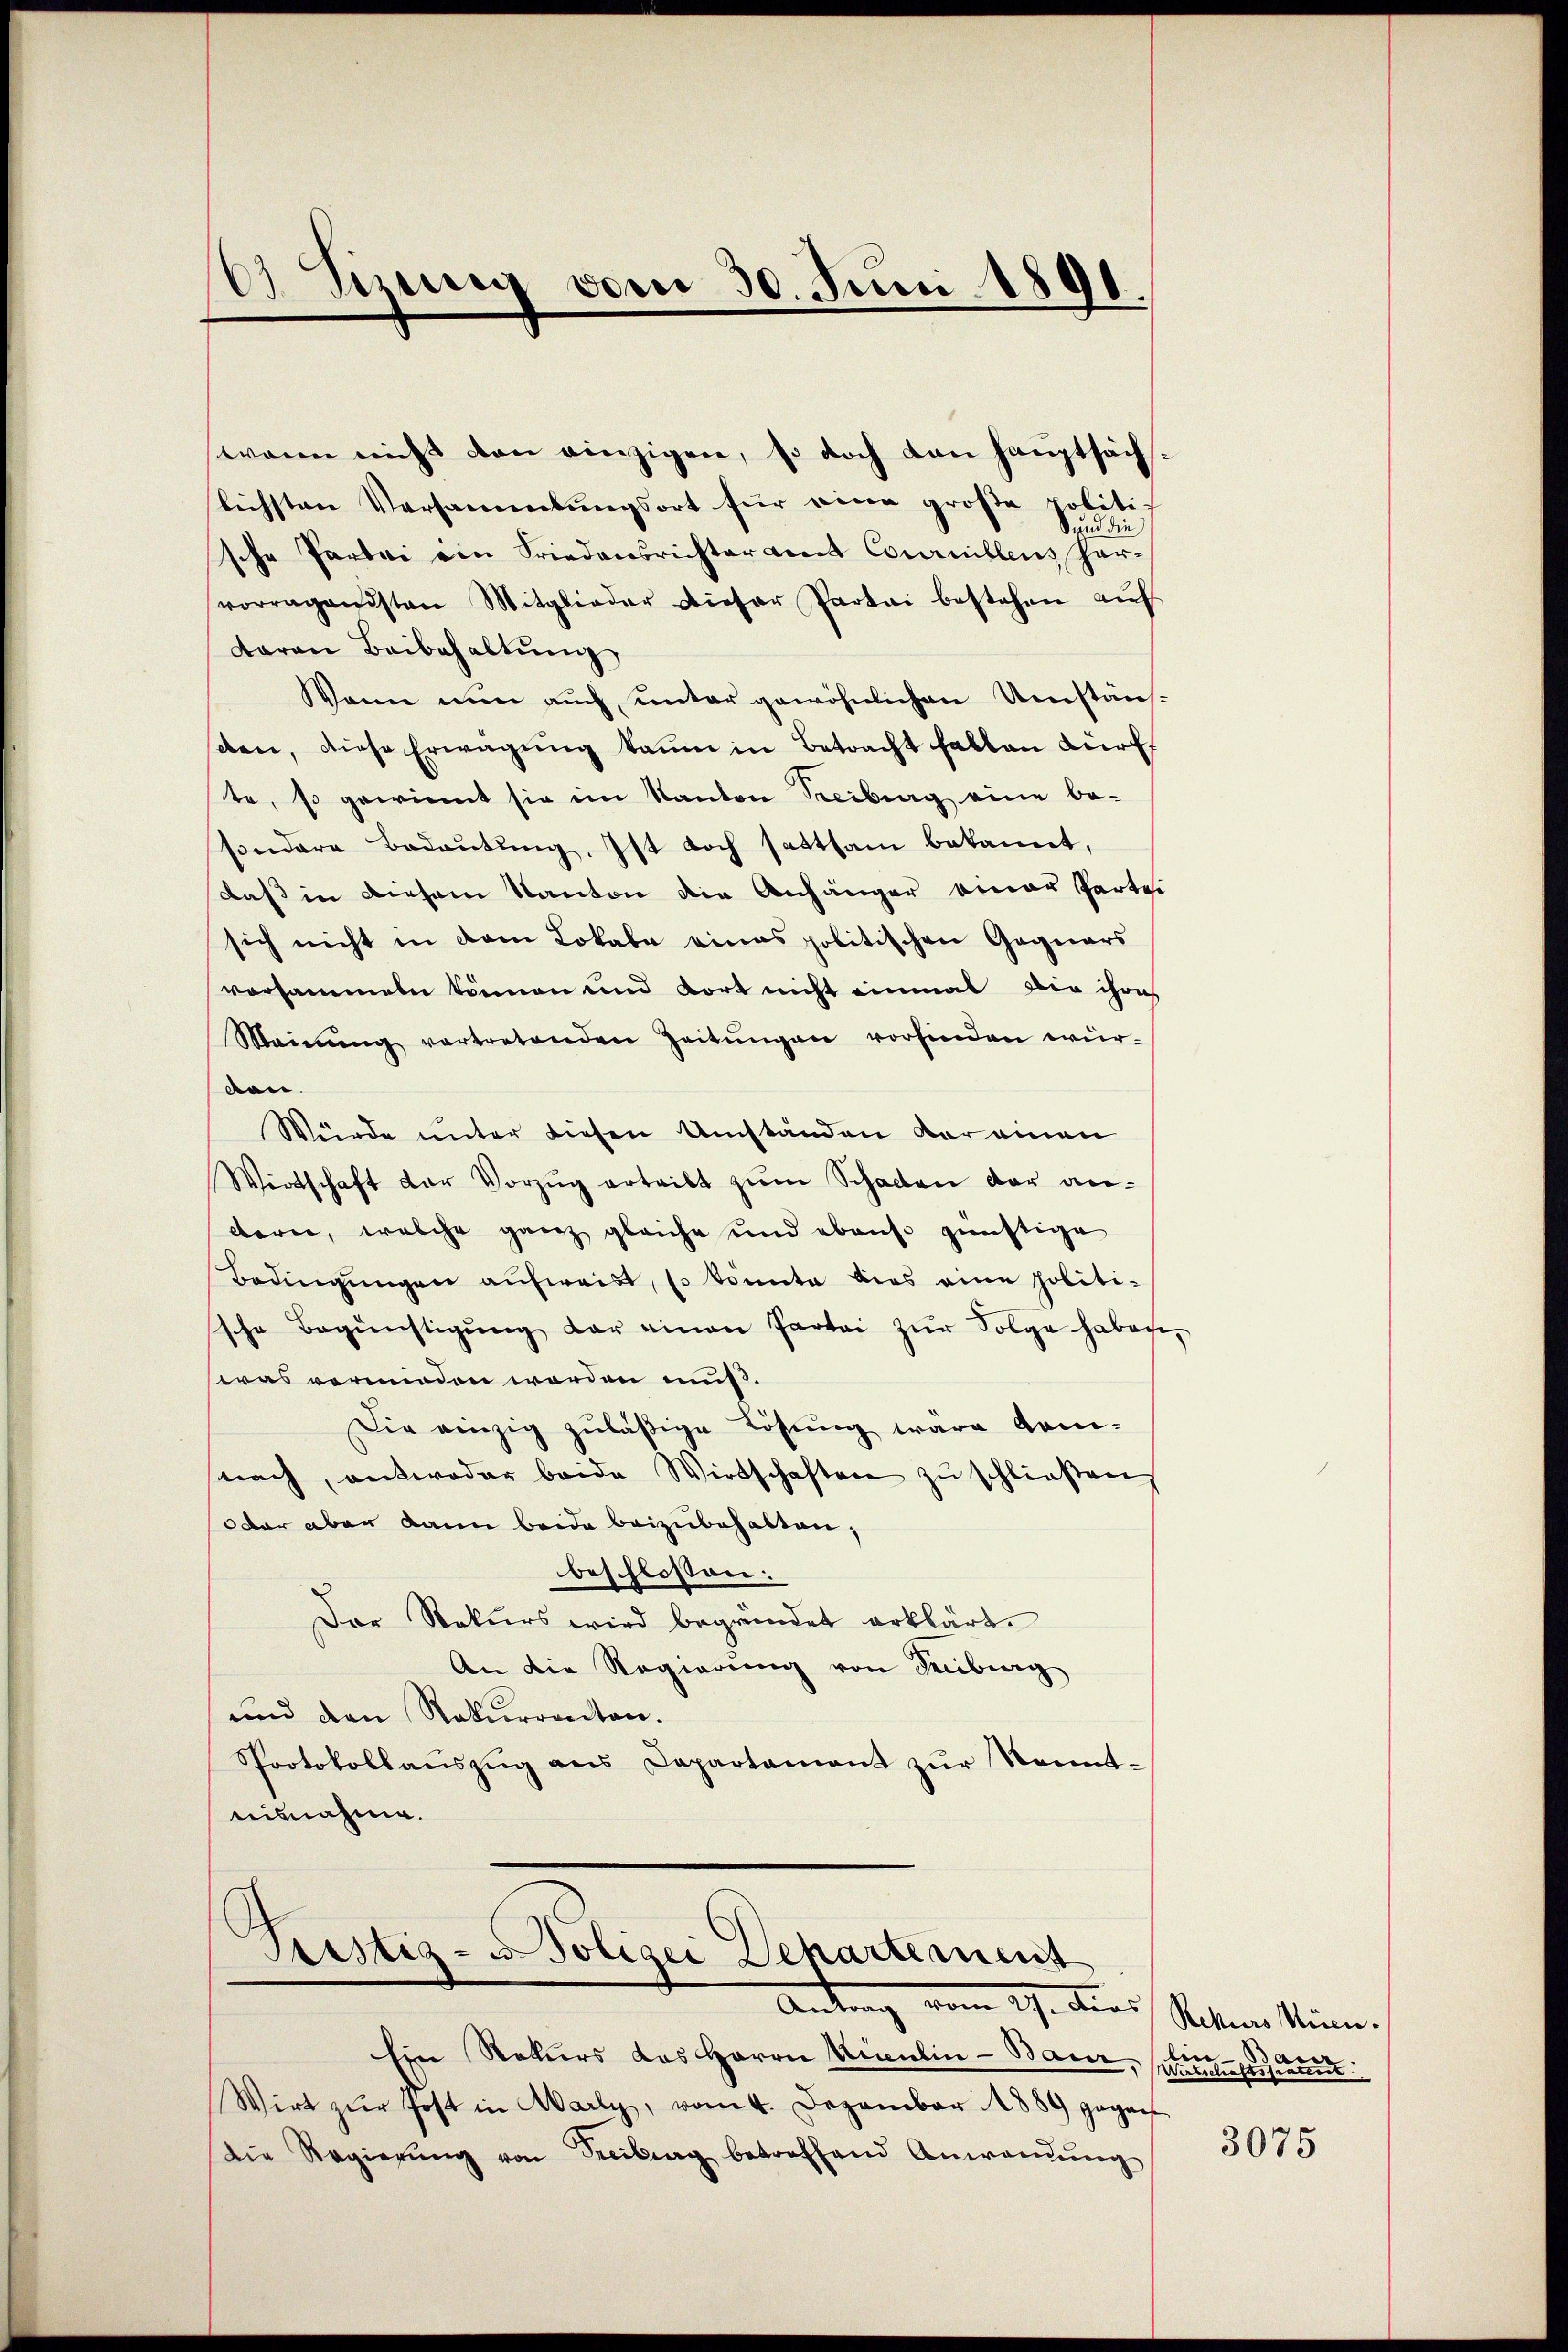
Sizung vom 30. Juni 1891.

wann nicht von einzigen, so doch von Hauptsächlichsten Versammlungsort für eine große politische Partei ein Friedensrichteramt Cournillens Parvorragendsten Mitglieder Dieser Partei bestehen auf
daran Beibehaltung
Wann nun auch, unter gewöhnlichen Umstänsen, diese Erwägŭng kaum in Betracht fallen dürf
te, so gewinnt sie im Kanton Treiburg eine be-
sondere Bedeutung, Ist doch sattsam bekannt,
daß in diesem Kanton die Anhänger einer Partei
sich nicht in dem Lokale eines politischen Gaquars
vorsammeln können und dort nicht einmal die ihre
Meinŭng vertretenden Zeitŭngen vorfinden wür-
don.
Würde unter diesen Umständen vor einen
Wirtschaft der Vorzŭg erteilt zŭm Schaden der an-
dern, welche ganz gleiche und ebenso günstige
Bedingungen aufweist, so könnte dies eine politische Begünstigŭng der einen Partei zŭr Folge habege
was verminden werden muß.
Die einzig zuläßige Lösung ware Gam-
nach antwoder beide Wirtschaften zŭ schlieβen,
dar aber dann beide beizubehalten;
beschlossen:
Der Rekurs wird begründet erklärt.
An die Regierung von Kiburg
und den Rekurrenten.
Sprotokollaŭszŭg ans Departament zŭr Kennt-
uisnahme.

C
Tustiz- u Polizei Departement
Andung vom 2. dies Statten stumm.

und die

Ein Rekurs das Herrn Miculin - Baur,
Wirt zŭr Post in Aarly, vom 4. Dezember 1889 gegan
die Regierŭng von Treibung betreffend Anwendŭng

ben
Articlesie

3075